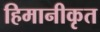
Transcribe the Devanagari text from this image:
हिमानीकृत